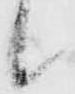
候